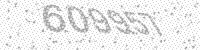
Solution: 609957